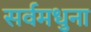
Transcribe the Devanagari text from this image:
सर्वमधुना